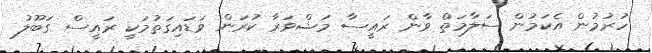
ހުރުމުން އެކަމުން ސަލާމަތް ވާން ރައީސާ މަޝްވަރާ ކުރަން ވަޑައިގަތުމަކީ ރައީސް ގަބޫލު